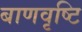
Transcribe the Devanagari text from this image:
बाणवृष्टि